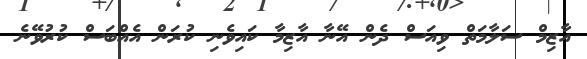
އާޒިމް ސަލާމަތް ވިއަސް ދެން އޭނާ އާޒިމާ ކައިވެނި ކުރަން އެއްބަސް ކުރުވޭނެ